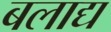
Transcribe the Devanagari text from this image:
बलाद्य